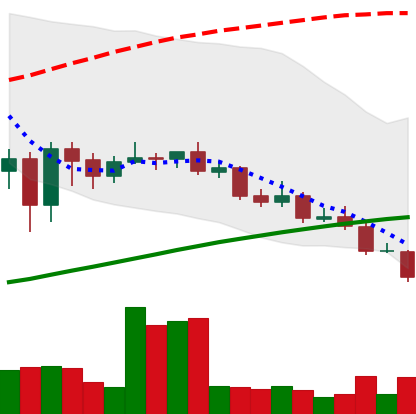
Ticker: LINK-USD
Chart end date: 2020-09-23
Forward return: 34.163%
Label: up_7plus